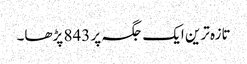
تازہ ترین ایک جگہ پر 843 پڑھا۔